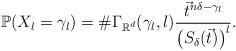
LaTeX: \begin{align*}\mathbb{P}(X_{l}=\gamma_{l})=\#\Gamma_{\mathbb{R}^{d}}(\gamma_{l},l)\frac{\vec{t}^{n\delta-\gamma_{l}}}{\big(S_{\delta}(\vec{t})\big)^{l}}. \end{align*}